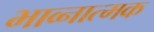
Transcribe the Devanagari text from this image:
भाव्नात्मक